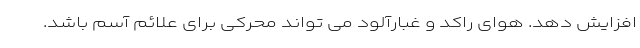
افزایش دهد. هوای راکد و غبارآلود می تواند محرکی برای علائم آسم باشد.